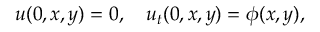
u ( 0 , x , y ) = 0 , \quad u _ { t } ( 0 , x , y ) = \phi ( x , y ) ,